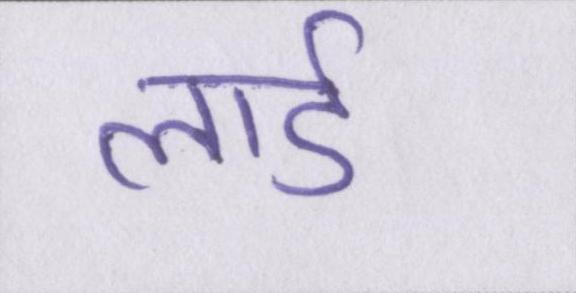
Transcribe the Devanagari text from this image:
लार्ड